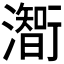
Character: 𤁰